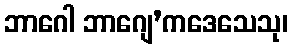
ဘာဂေါ ဘာဂျေ’ကဒေသေသု၊